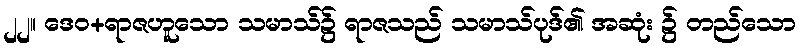
၂၂။ ဒေဝ+ရာဇဟူသော သမာသ်၌ ရာဇသည် သမာသ်ပုဒ်၏ အဆုံး ၌ တည်သော